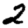
Digit: 2